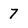
Character: 7